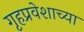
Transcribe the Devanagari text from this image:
गृहप्रवेशाच्या